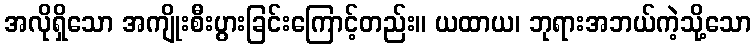
အလိုရှိသော အကျိုးစီးပွားခြင်းကြောင့်တည်း။ ယထာယ၊ ဘုရားအဘယ်ကဲ့သို့သော